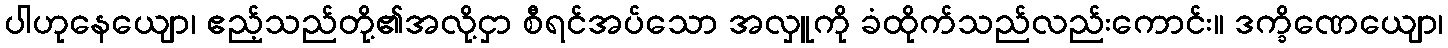
ပါဟုနေယျော၊ ဧည့်သည်တို့၏အလို့ငှာ စီရင်အပ်သော အလှူကို ခံထိုက်သည်လည်းကောင်း။ ဒက္ခိဏေယျော၊